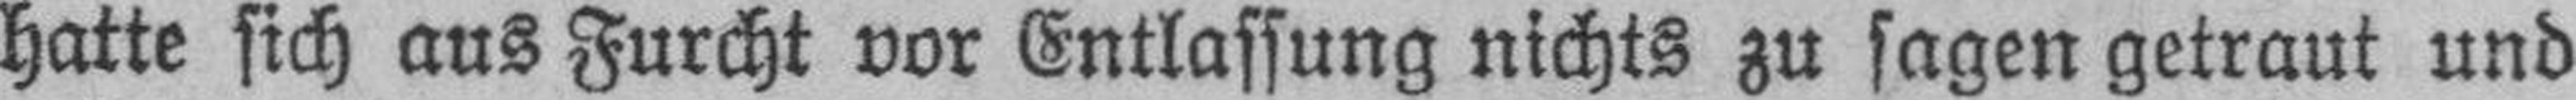
hatte sich aus Furcht vor Entlassung nichts zu sagen getraut und